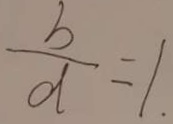
\frac { b } { d } = 1 .